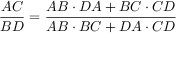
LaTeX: { \frac { A C } { B D } } = { \frac { A B \cdot D A + B C \cdot C D } { A B \cdot B C + D A \cdot C D } }